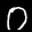
Label: 0